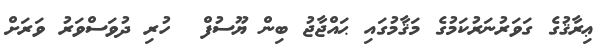
ޢިރާޤުގެ ގަވަރުނަރުކަމުގެ މަޤާމުގައި ޙައްޖާޖު ބިން ޔޫސުފް  ހުރި ދުވަސްވަރު ވަރަށް